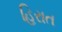
હિરાત